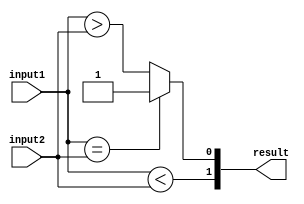
module Serial_Comparator (
    input wire [7:0] input1,
    input wire [7:0] input2,
    output wire [1:0] result
);

assign result[1] = (input1 < input2);
assign result[0] = (input1 == input2) ? 2'b01 : (input1 > input2);

endmodule